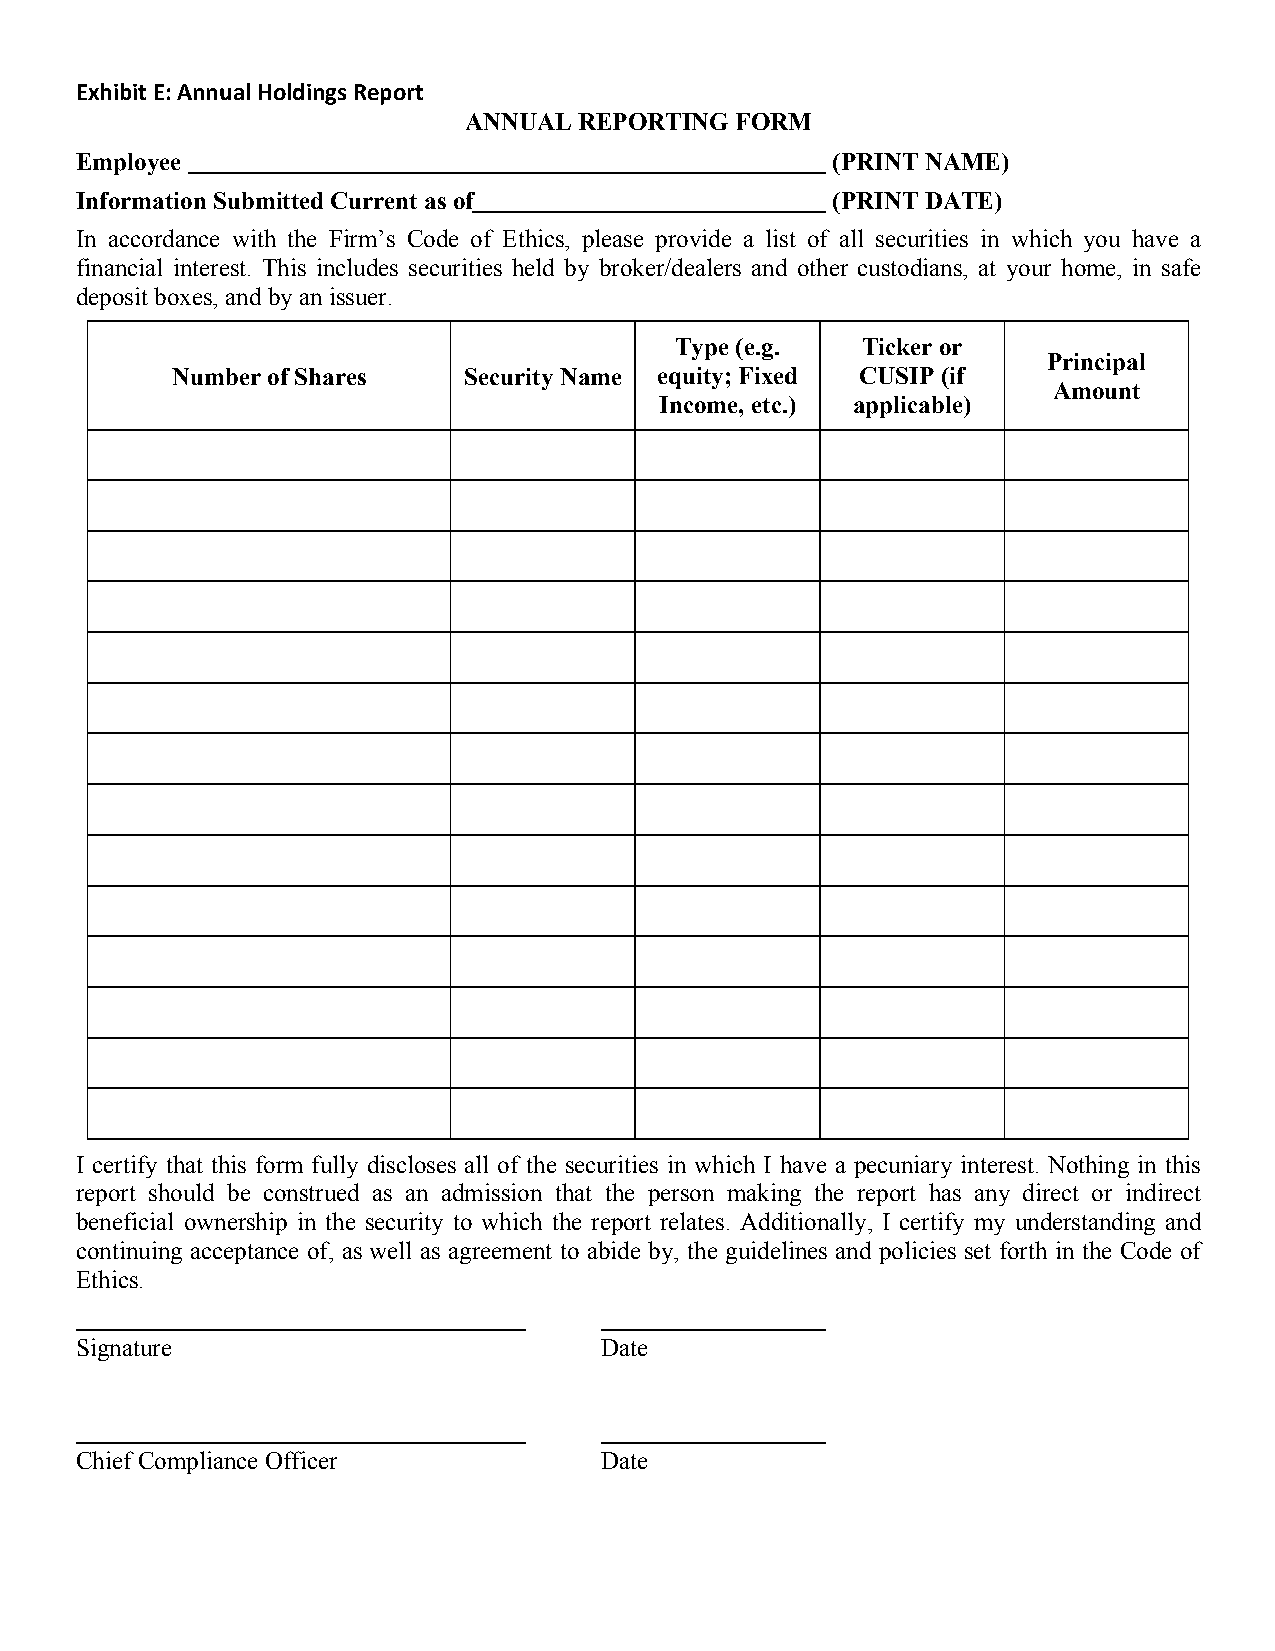
Exhibit E: Annual Holdings Report
 ANNUAL REPORTING  FORM
 Employee                                          (PRINT NAME)
 Information Submitted Current as of               (PRINT DATE)
 In accordance with the Firm’s Code of Ethics, please provide a list of all securities in which you have a
 financial interest. This includes securities held by broker/dealers and other custodians, at your home, in safe
 deposit boxes, and by an issuer.
 Type (e.g.  Ticker or
 Principal
 Number of Shares    Security Name equity; Fixed CUSIP (if
 Amount
 Income, etc.) applicable)
 I certify that this form fully discloses all of the securities in which I have a pecuniary interest. Nothing in this
 report should be construed as an admission that the person making the report has any direct or indirect
 beneficial ownership in the security to which the report relates. Additionally, I certify my understanding and
 continuing acceptance of, as well as agreement to abide by, the guidelines and policies set forth in the Code of
 Ethics.
 Signature                          Date
 Chief Compliance Officer           Date